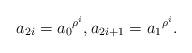
LaTeX: \begin{align*} a_{2i} = {a_0}^{\rho^i}, a_{2i+1} = {a_1}^{\rho^i}. \end{align*}